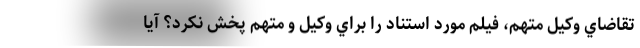
تقاضاي وكيل متهم، فيلم مورد استناد را براي وكيل و متهم پخش نكرد؟ آيا